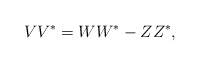
\begin{align*}VV^*=WW^*-ZZ^*,\end{align*}